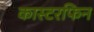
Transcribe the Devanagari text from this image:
कास्टरफिन